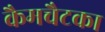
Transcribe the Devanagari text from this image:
कैमचैटका